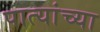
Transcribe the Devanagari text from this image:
पात्यांच्या